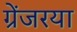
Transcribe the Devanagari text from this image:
ग्रेंजरया